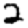
Digit: 2